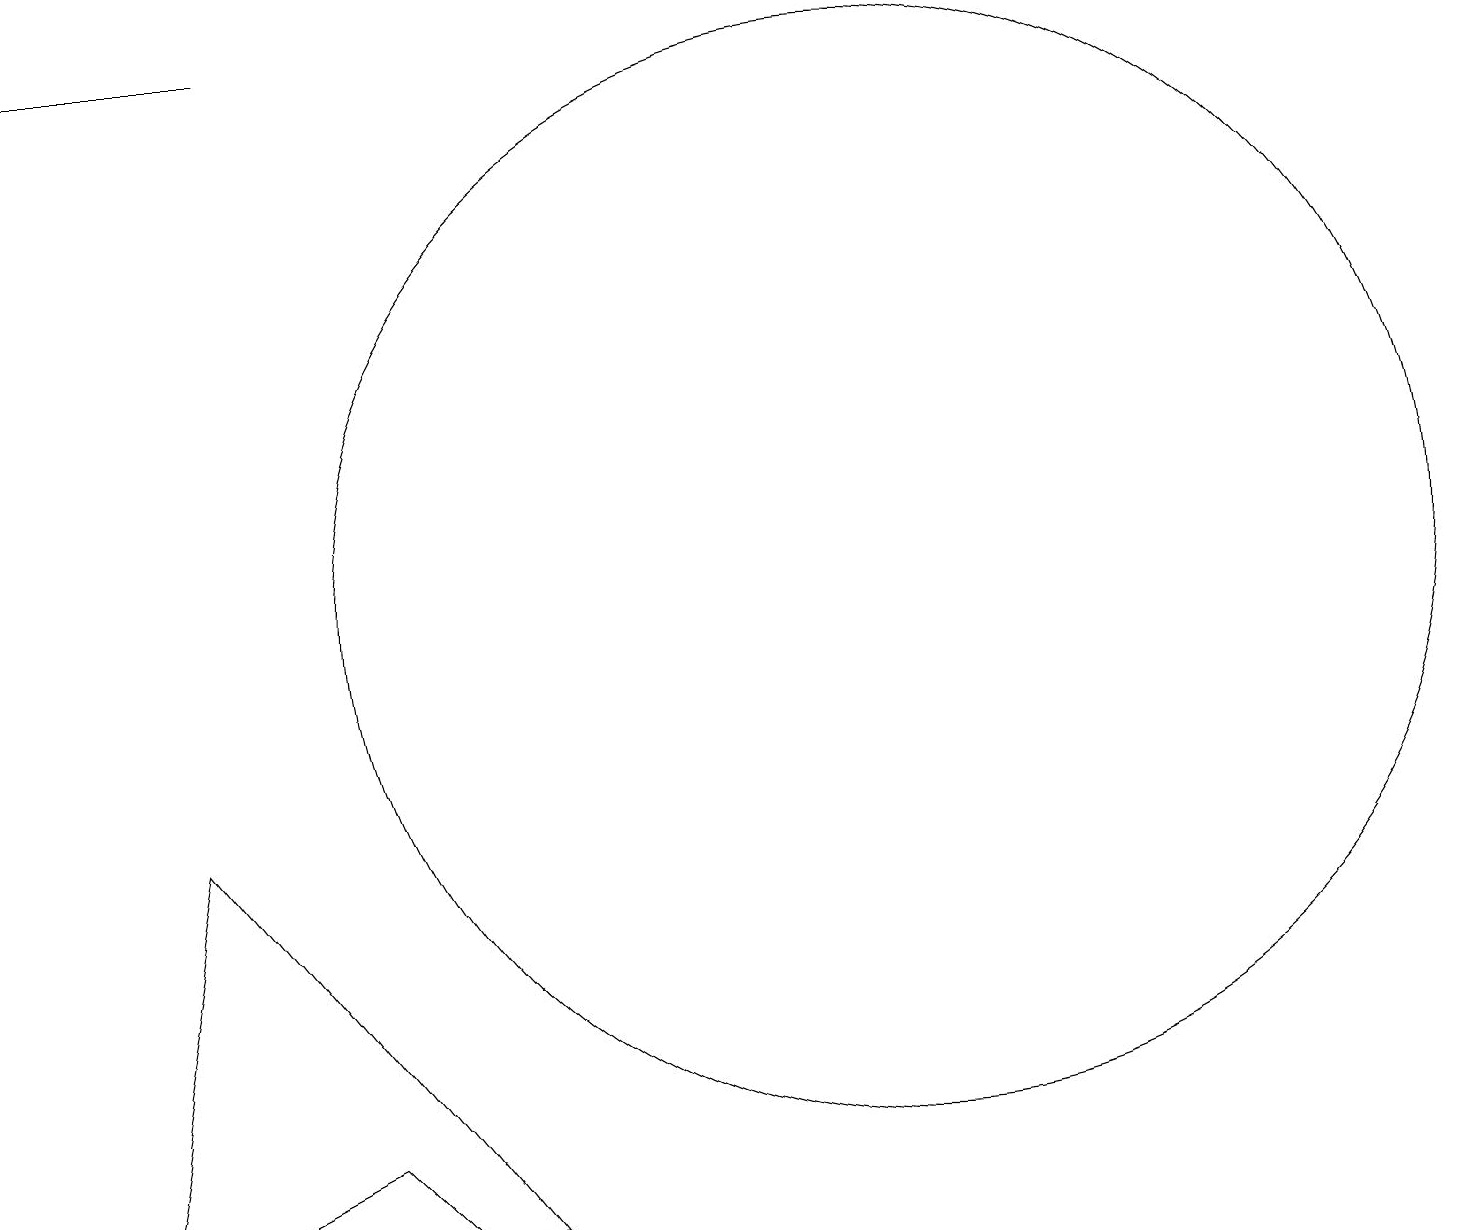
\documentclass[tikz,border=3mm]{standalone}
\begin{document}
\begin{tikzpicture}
\draw (0,18) rectangle (3,18);
\draw (6,3) -- (2,8) -- (1,3) -- cycle;
\draw (11,11) circle (7);
\draw (5,3) -- (4,4) -- (2,3) -- cycle;
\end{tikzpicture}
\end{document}